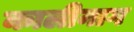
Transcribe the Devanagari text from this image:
कालीनाग